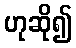
ဟုဆို၍